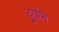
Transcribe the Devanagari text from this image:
दुर्र्याने